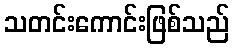
သတင်းကောင်းဖြစ်သည်